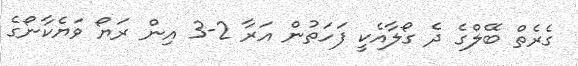
ގެރެތް ބޭލްގެ ދެ ގޯލާއެކީ ފަހަތުން އަރާ 2-3 އިން ރަޔޯ ވަޔެކާނޯގެ